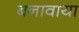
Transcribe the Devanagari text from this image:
बनावाया